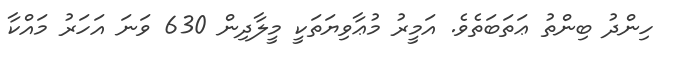
ހިންދު ބިންތު ޢަތަބަތެވެ. އަމީރު މުޢާވިޔަތަކީ މީލާދިން 630 ވަނަ އަހަރު މައްކާ